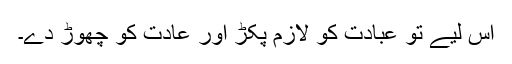
اس لیے تو عبادت کو لازم پکڑ اور عادت کو چھوڑ دے۔